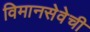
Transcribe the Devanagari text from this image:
विमानसेवेची